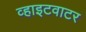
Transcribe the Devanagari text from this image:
व्हाइटवाटर